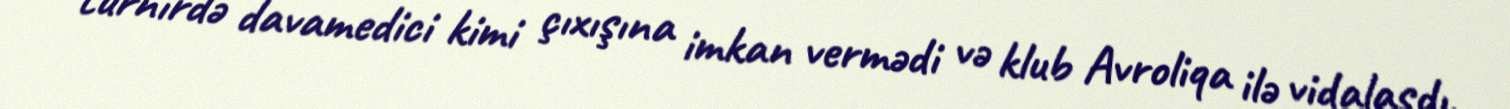
turnirdə davamedici kimi çıxışına imkan vermədi və klub Avroliqa ilə vidalaşdı.